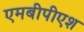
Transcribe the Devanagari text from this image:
एमबीपीएश